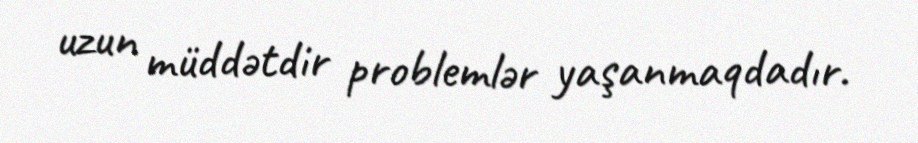
uzun müddətdir problemlər yaşanmaqdadır.